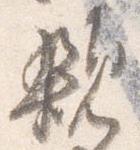
親